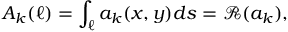
A _ { k } ( \ell ) = \int _ { \ell } a _ { k } ( x , y ) d s = \mathcal { R } ( a _ { k } ) ,